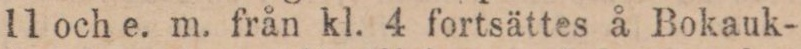
11 och e. m. från kl. 4 fortsättes å Bokauk-